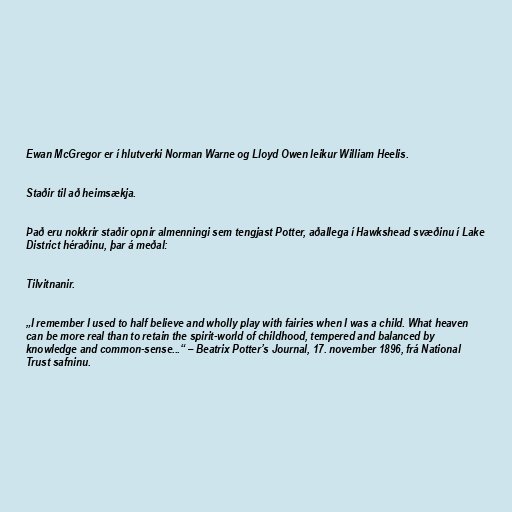
Ewan McGregor er í hlutverki Norman Warne og Lloyd Owen leikur William Heelis.

Staðir til að heimsækja.

Það eru nokkrir staðir opnir almenningi sem tengjast Potter, aðallega í Hawkshead svæðinu í Lake
District héraðinu, þar á meðal:

Tilvitnanir.

„I remember I used to half believe and wholly play with fairies when I was a child. What heaven
can be more real than to retain the spirit-world of childhood, tempered and balanced by
knowledge and common-sense...“ – Beatrix Potter’s Journal, 17. november 1896, frá National
Trust safninu.